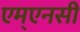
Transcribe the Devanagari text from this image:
एम्एनसी